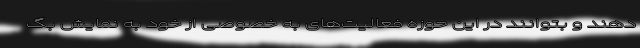
دهند و بتوانند در این حوزه فعالیت‌های به خصوصی از خود به نمایش بگ